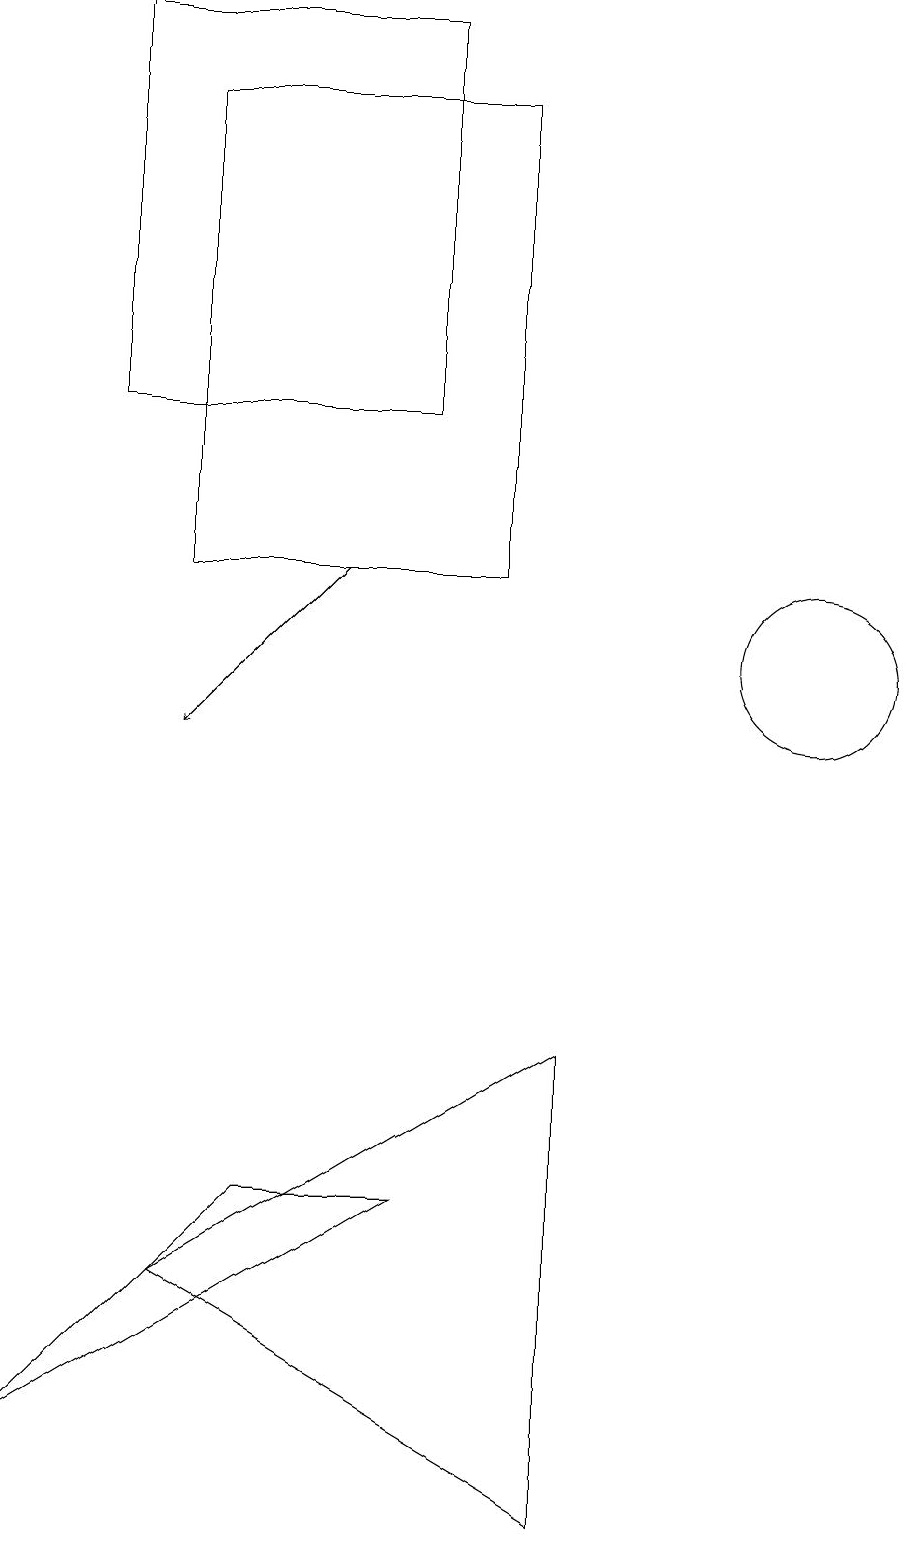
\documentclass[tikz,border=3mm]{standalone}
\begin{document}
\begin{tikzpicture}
\draw (8,12) rectangle (4,18);
\draw[->] (6,12) -- (4,10);
\draw (7,14) rectangle (3,19);
\draw (12,11) circle (1);
\draw (9,0) -- (4,3) -- (9,6) -- cycle;
\draw (7,4) -- (5,4) -- (2,1) -- cycle;
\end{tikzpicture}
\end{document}